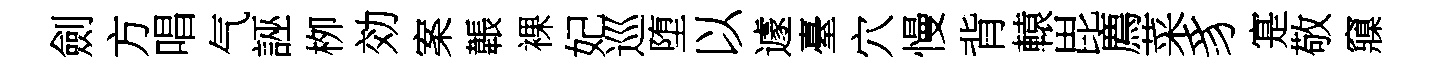
劍方唱气誣栁効案韔裸妃巡堕以遽臺穴慢背轅毘廌菜豸寔敬䆿